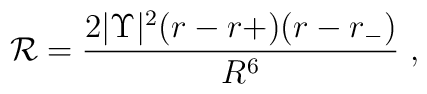
{\cal R} = \frac{2|\Upsilon|^2 (r-r+)(r-r_-)}{R^6}\ ,